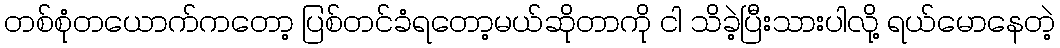
တစ်စုံတယောက်ကတော့ ပြစ်တင်ခံရတော့မယ်ဆိုတာကို ငါ သိခဲ့ပြီးသားပါလို့ ရယ်မောနေတဲ့